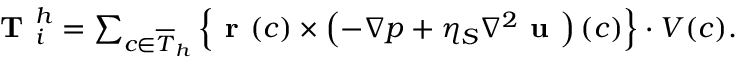
\begin{array} { r } { \textbf { T } _ { i } ^ { h } = \sum _ { c \in \overline { { T } } _ { h } } \Big \{ \textbf { r } ( c ) \times \left( - \nabla p + \eta _ { S } \nabla ^ { 2 } \textbf { u } \right) ( c ) \Big \} \cdot V ( c ) . } \end{array}